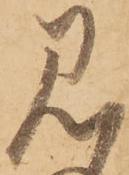
見